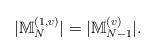
LaTeX: \begin{align*}|\mathbb{M}_N^{(1,v)}|=|\mathbb{M}_{N-1}^{(v)}|.\end{align*}